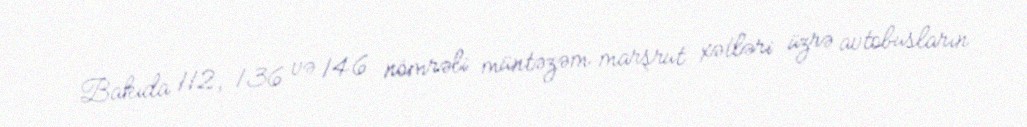
Bakıda 112, 136 və 146 nömrəli müntəzəm marşrut xətləri üzrə avtobusların